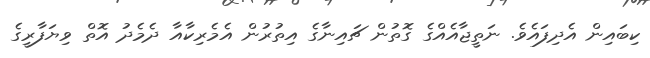
ކިބައިން އެދިފައެވެ. ނަތީޖާއެއްގެ ގޮތުން ޗައިނާގެ އިތުރުން އެމެރިކާއާ ދެމެދު އޮތް ވިޔަފާރީގެ